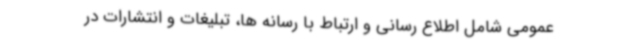
عمومی شامل اطلاع رسانی و ارتباط با رسانه ها، تبلیغات و انتشارات در